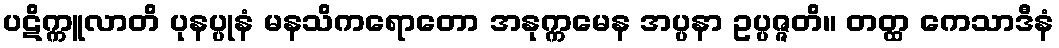
ပဋိက္ကူလာတိ ပုနပ္ပုနံ မနသိကရောတော အနုက္ကမေန အပ္ပနာ ဥပ္ပဇ္ဇတိ။ တတ္ထ ကေသာဒီနံ